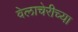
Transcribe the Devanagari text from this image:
वेलाचेरीच्या